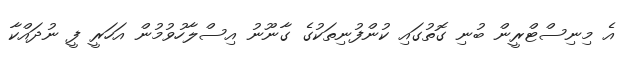
އެ މިނިސްޓްރީން ބުނި ގޮތުގައި ކުންފުނިތަކުގެ ގާނޫނު އިސްލާހުވުމުން އަހަރީ ފީ ނުދައްކާ